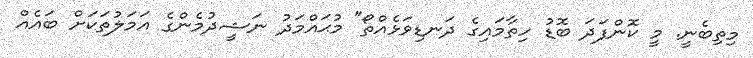
މިތިބެނީ. މީ ކޮންފަދަ ބޮޑު ހިތާމައިގެ ދަނޑިވަޅެއްތޯ" މުޙައްމަދު ނަޝީދުމެންގެ އަމަލުތަކަށް ބައެއް